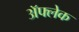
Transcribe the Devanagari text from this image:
अॅफ्लेक